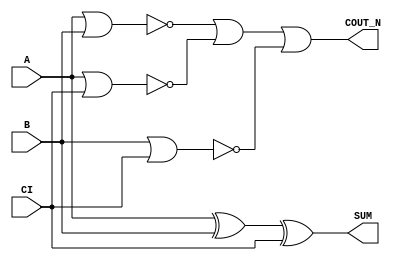
module sky130_fd_sc_hd__fahcon (
    COUT_N,
    SUM   ,
    A     ,
    B     ,
    CI
);

    // Module ports
    output COUT_N;
    output SUM   ;
    input  A     ;
    input  B     ;
    input  CI    ;

    // Module supplies
    supply1 VPWR;
    supply0 VGND;
    supply1 VPB ;
    supply0 VNB ;

    // Local signals
    wire xor0_out_SUM ;
    wire a_b          ;
    wire a_ci         ;
    wire b_ci         ;
    wire or0_out_coutn;

    //  Name  Output         Other arguments
    xor xor0 (xor0_out_SUM , A, B, CI       );
    buf buf0 (SUM          , xor0_out_SUM   );
    nor nor0 (a_b          , A, B           );
    nor nor1 (a_ci         , A, CI          );
    nor nor2 (b_ci         , B, CI          );
    or  or0  (or0_out_coutn, a_b, a_ci, b_ci);
    buf buf1 (COUT_N       , or0_out_coutn  );

endmodule